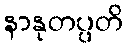
နာနုတပ္ပတိ